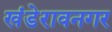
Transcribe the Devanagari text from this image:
खंडेरावनगर